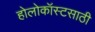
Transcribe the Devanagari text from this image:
होलोकॉस्टसाठी